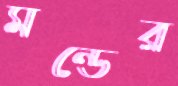
মন্ডের